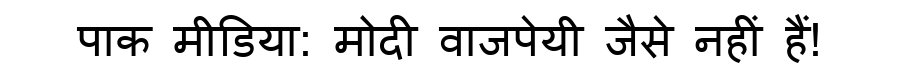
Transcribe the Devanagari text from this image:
पाक मीडिया: मोदी वाजपेयी जैसे नहीं हैं!